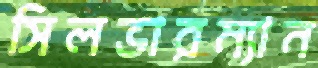
সিলভারম্যান